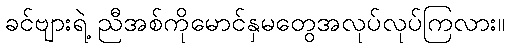
ခင်ဗျားရဲ့ ညီအစ်ကိုမောင်နှမတွေအလုပ်လုပ်ကြလား။